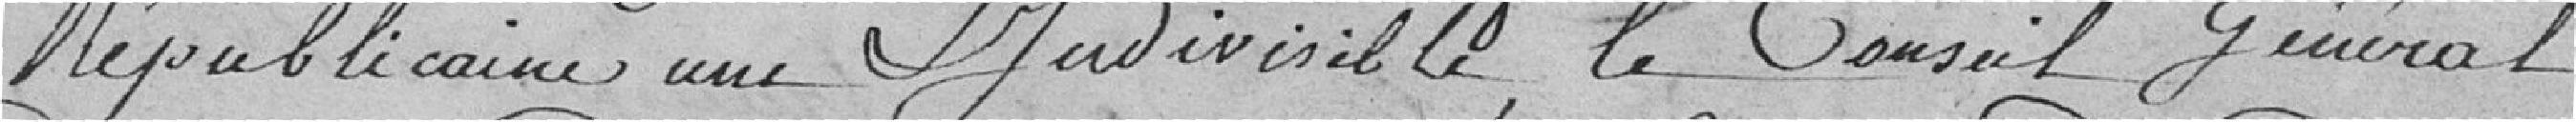
Républicaine et indivisible, le Conseil Général